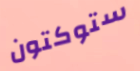
ستوكتون